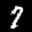
Label: 7